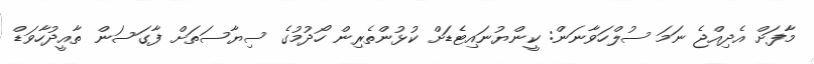
މާފަށް އެދިއްޖެ ނަމަ ސުލްހަވާނަން: ކީންޔުނައިޓެޑަށް ކުޅުންތެރިން ހޯދުމުގެ ސިޔާސަތަށް ފާގަސަން ތާއީދުހާވަޑް